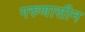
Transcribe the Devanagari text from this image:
गरुणासीन